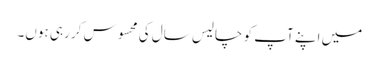
میں اپنے آپ کو چالیس سال کی محسوس کر رہی ہوں۔